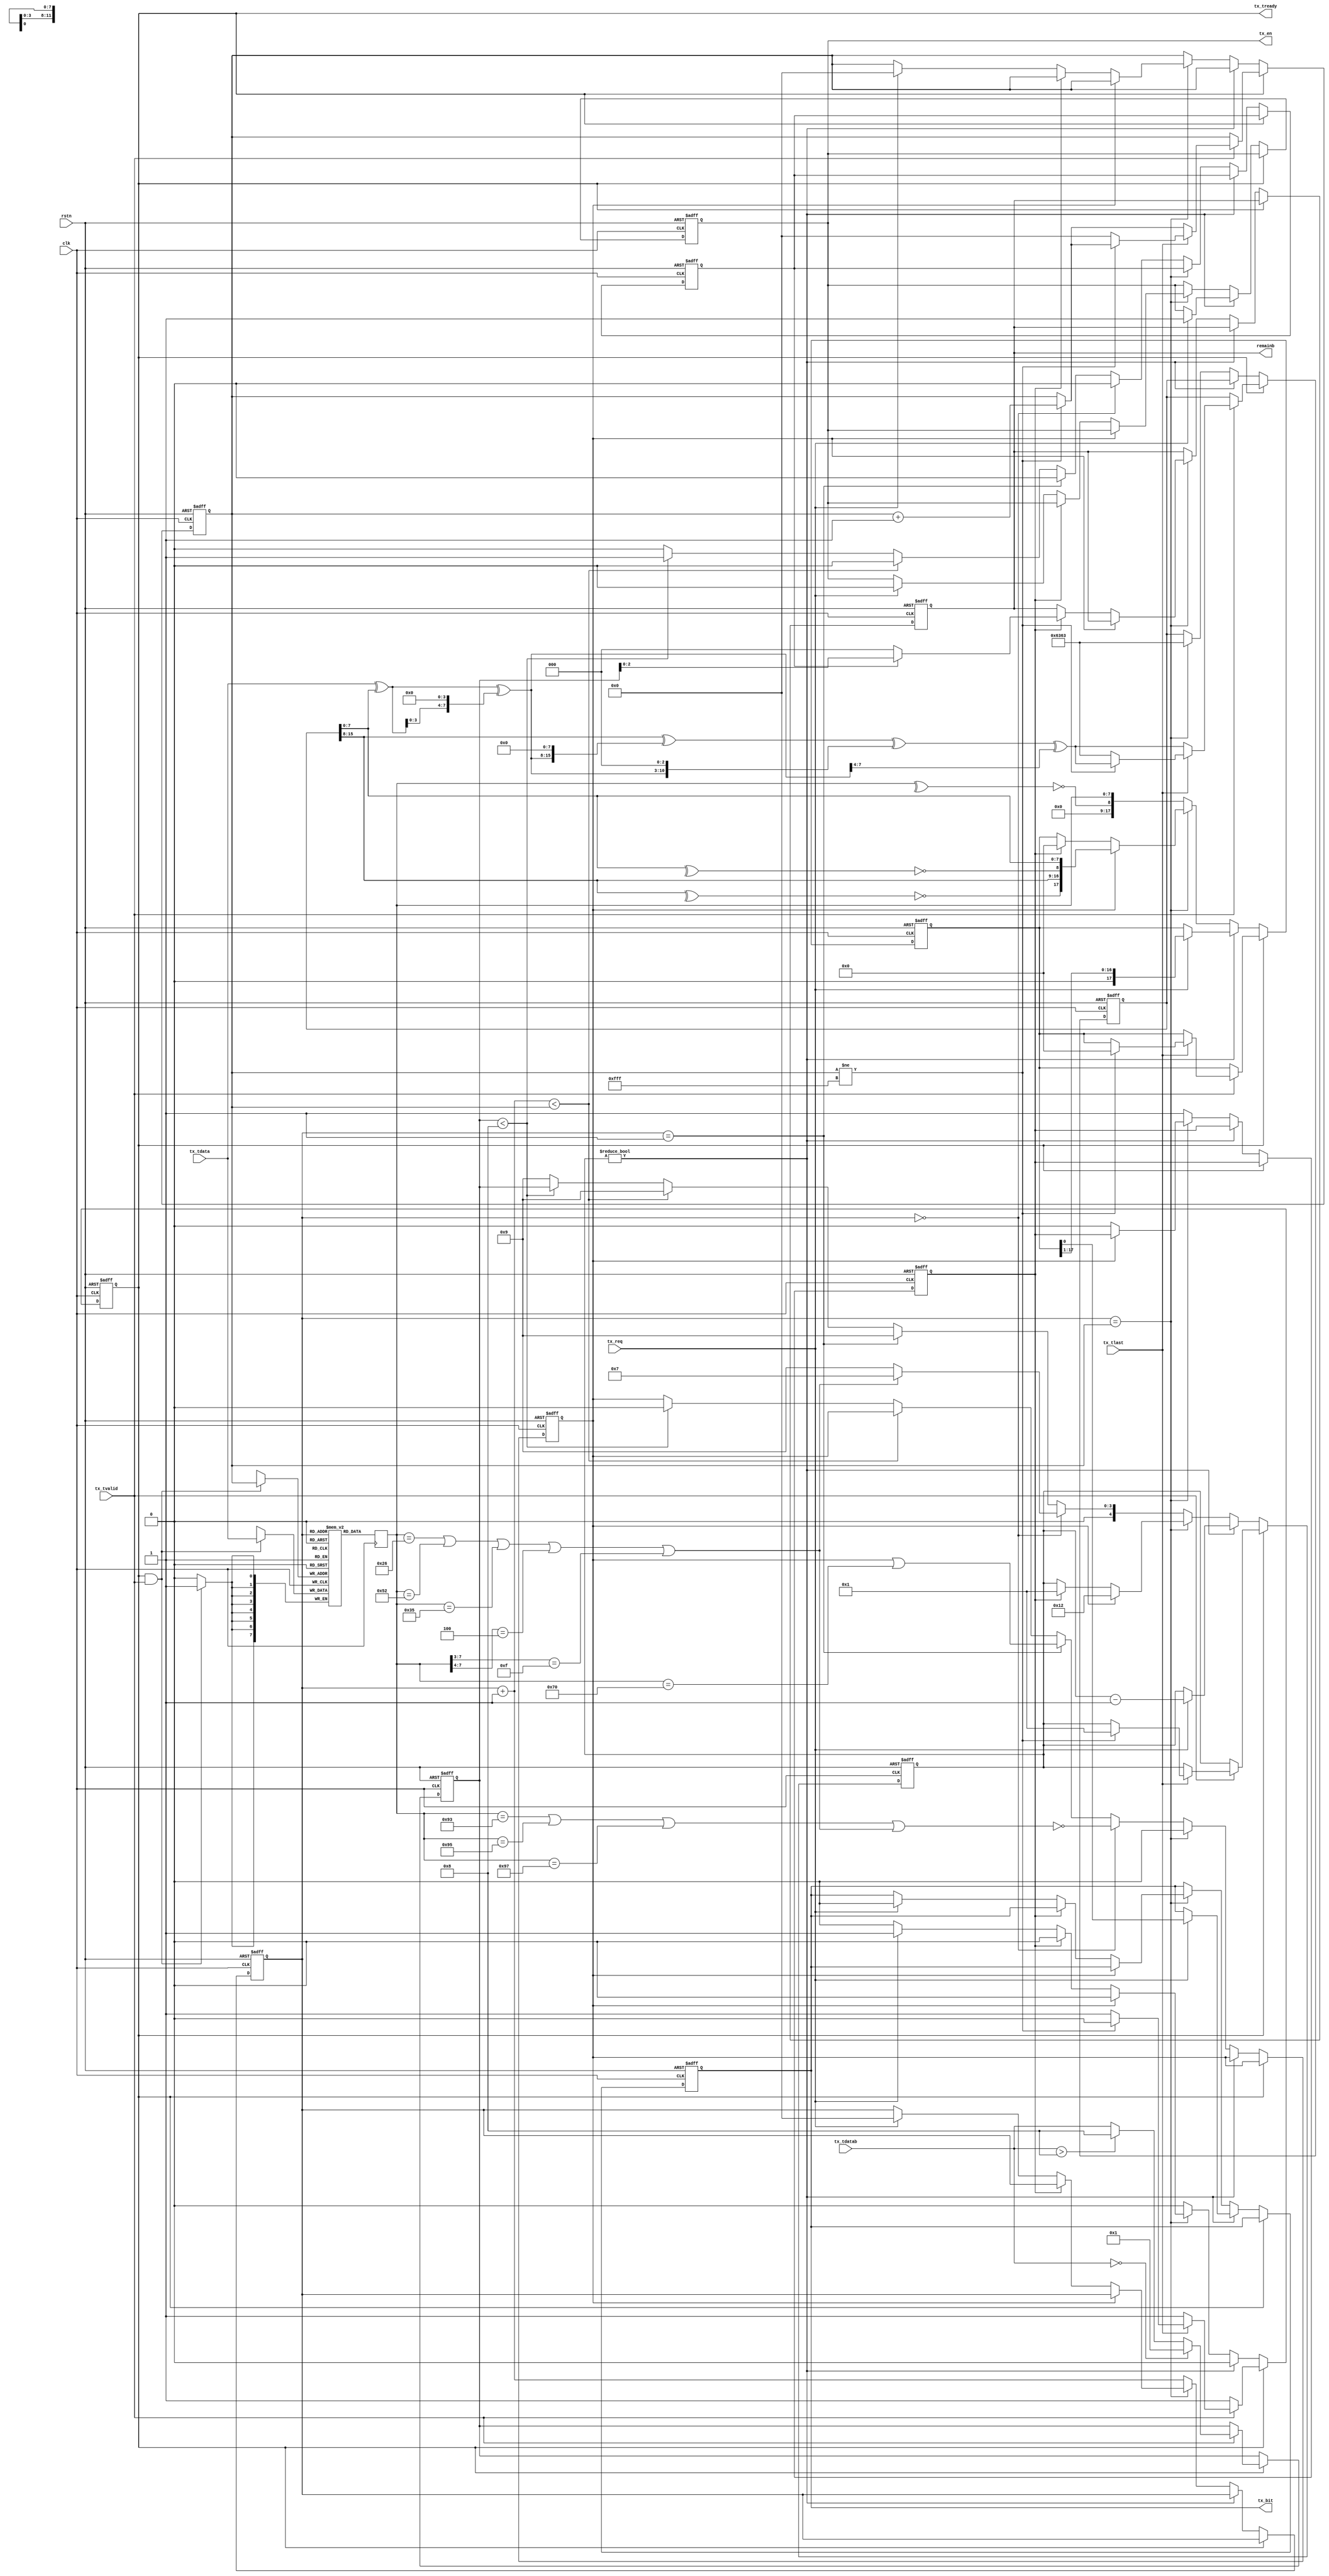
// This program was cloned from: https://github.com/WangXuan95/FPGA-NFC
// License: GNU General Public License v3.0


//--------------------------------------------------------------------------------------------------------
// Module  : nfca_tx_frame
// Type    : synthesizable, IP's sub module
// Standard: Verilog 2001 (IEEE1364-2001)
// Function: called by nfca_controller
//--------------------------------------------------------------------------------------------------------

module nfca_tx_frame (
    input  wire       rstn,           // 0:reset, 1:work
    input  wire       clk,            // require 81.36MHz
    // TX byte stream interface (axis sink liked)
    input  wire       tx_tvalid,
    output reg        tx_tready,
    input  wire [7:0] tx_tdata,
    input  wire [3:0] tx_tdatab,      // indicate how many bits are valid in the last byte. range=[1,8]. for the last byte of bit-oriented frame
    input  wire       tx_tlast,
    // tx bit modulate interface
    input  wire       tx_req,
    output reg        tx_en,
    output reg        tx_bit,
    // indicate how many bits remain for an incomplete byte for PICC to send, for nfca_rx_tobytes to reconstruct the bytes
    output reg  [2:0] remainb
);


function  [15:0] CRC16;
    input [15:0] crc;
    input [ 7:0] inbyte;
//function automatic logic [15:0] CRC16(input logic [15:0] crc, input logic [7:0] inbyte);
    reg   [ 7:0] tmp;
begin
    tmp = inbyte ^ crc[7:0];
    tmp = tmp ^ {tmp[3:0], 4'h0};
    CRC16 = ( {8'h0, crc[15:8]} ^ {tmp, 8'h0} ^ {5'h0, tmp, 3'h0} ^ {12'h0, tmp[7:4]} );
end
endfunction


initial tx_tready = 1'b0;
initial {tx_en, tx_bit} = 0;
initial remainb = 0;

reg [ 7:0] buffer [0:4095];   // will synthesis to BRAM
reg [ 7:0] rdata = 0;
reg [11:0] wptr = 0;
reg [11:0] rptr = 0;
reg [ 3:0] lastb = 0;
reg [17:0] txshift = 0;
reg [ 4:0] txcount = 0;
reg        end_of = 1'b0;
reg        has_crc = 1'b0;
reg [15:0] crc = 16'h6363;
reg        incomplete = 1'b0;

wire short_frame = (rdata == 8'h26 || rdata == 8'h52 || rdata == 8'h35 || rdata[7:4] == 4'h4 || rdata[7:3] == 5'h0F);


always @ (posedge clk)
    rdata <= buffer[rptr];


always @ (posedge clk)
    if(tx_tready & tx_tvalid)
        buffer[wptr] <= tx_tdata;


always @ (posedge clk or negedge rstn)
    if(~rstn) begin
        tx_tready <= 0;
        {tx_bit, tx_en} <= 0;
        {wptr, rptr} <= 0;
        lastb <= 0;
        txshift <= 0;
        txcount <= 0;
        end_of <= 1'b0;
        has_crc <= 1'b0;
        crc <= 16'h6363;
        incomplete <= 1'b0;
        remainb <= 0;
    end else begin
        if(tx_tready) begin
            if(tx_tvalid) begin
                crc <= CRC16(crc, tx_tdata);
                if (wptr != 12'hFFF) wptr <= wptr + 12'd1;
                lastb <= tx_tdatab==4'd0 ? 4'd1 : tx_tdatab>4'd8 ? 4'd8 : tx_tdatab;
                if(tx_tlast) begin                   // end of a frame input
                    if (wptr != 12'hFFF) begin       // not overflow
                        txshift <= 0;                //
                        txcount <= 5'd1;             //     send the S bit (start of communication)
                        tx_tready <= 1'b0;           //     start to send a frame
                    end else begin                   // overflow!
                        wptr <= 0;                   //     reset wptr
                        crc <= 16'h6363;             //     reset CRC
                    end
                end
            end
        end else if(txcount != 0) begin
            if(tx_req) begin
                {txshift, tx_bit, tx_en} <= {1'b0, txshift, 1'b1};
                txcount <= txcount - 5'd1;
            end
        end else if(rptr == wptr) begin
            if(has_crc) begin
                txshift <= {~(^crc[15:8]), crc[15:8], ~(^crc[7:0]), crc[7:0]};     // append CRC (16bit + 2bit parity) 
                txcount <= 5'd18;
            end else if(end_of) begin
                txshift <= 0;
                txcount <= 5'd1;              //     send the E bit (end of communication)
                end_of <= 1'b0;
                remainb <= incomplete ? lastb[2:0] : 3'd0;
            end else if(tx_req) begin
                tx_tready <= 1'b1;
                {tx_bit, tx_en} <= 0;
                {wptr, rptr} <= 0;
            end
            has_crc <= 1'b0;
            crc <= 16'h6363;
        end else begin
            incomplete <= 1'b0;
            end_of <= 1'b1;
            rptr <= rptr + 12'd1;
            txshift <= {9'd0, ~(^rdata), rdata};
            if         (rptr == 12'h0) begin                                                                           // the 1st byte
                has_crc <= ~(rdata == 8'h93 || rdata == 8'h95 || rdata == 8'h97 || short_frame);
                txcount <= short_frame ? 4'd7 : 4'd9;
            end else if(rptr == 12'h1) begin                                                                           // the 2nd byte
                has_crc <= has_crc | (rdata == 8'h70);
                txcount <= 4'd9;
            end else if(rptr+12'd1 < wptr) begin                                                                       // inner bytes
                txcount <= 4'd9;
            end else if(lastb < 4'd8) begin                                                                            // last byte (incomplete)
                incomplete <= 1'b1;
                has_crc <= 1'b0;
                txcount <= {1'h0,lastb};
            end else begin                                                                                             // last byte (complete)
                txcount <= 5'd9;
            end
        end
    end

endmodule